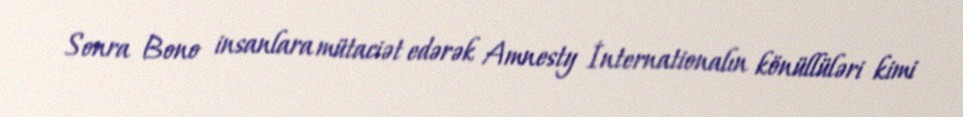
Sonra Bono insanlara mütaciət edərək Amnesty İnternationalın könüllüləri kimi